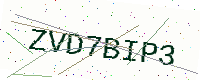
Text: ZVD7BIP3